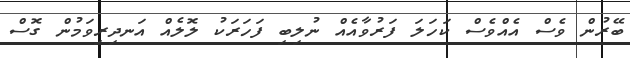
ބޭރުން ވެސް އެއްވެސް ކަހަލަ ފަރުވާއެއް ނުލިބި ފަހަރަކު ލޮލެއް އަނދިރިވަމުން ގޮސް